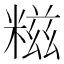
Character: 糍